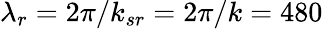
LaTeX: \lambda_{r}=2\pi/k_{sr}=2\pi/k=480